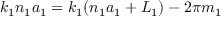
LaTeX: k _ { 1 } n _ { 1 } a _ { 1 } = k _ { 1 } ( n _ { 1 } a _ { 1 } + L _ { 1 } ) - 2 \pi m _ { 1 }